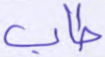
طاب